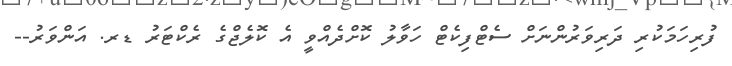
ފުރިހަމަކުރި ދަރިވަރުންނަށް ސެޓްފިކެޓް ހަވާލު ކޮށްދެއްވީ އެ ކޮލެޖްގެ ރެކްޓަރު ޑރ. އަންވަރު--